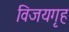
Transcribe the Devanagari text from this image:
विजयगृह